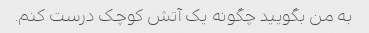
به من بگویید چگونه یک آتش کوچک درست کنم.